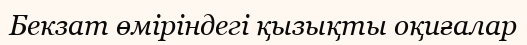
Бекзат өміріндегі қызықты оқиғалар